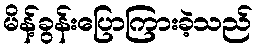
မိန့်ခွန်းပြောကြားခဲ့သည်